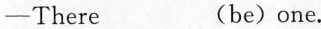
—There___(be)one.